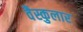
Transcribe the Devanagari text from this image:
वैस्कुलार